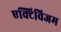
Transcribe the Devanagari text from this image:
एक्टिविजम